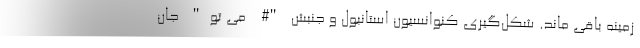
زمینه باقی ماند. شکل‌گیری کنوانسیون استانبول و جنبش "# می تو" جان